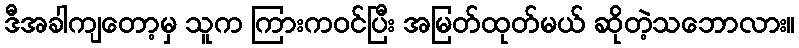
ဒီအခါကျတော့မှ သူက ကြားကဝင်ပြီး အမြတ်ထုတ်မယ် ဆိုတဲ့သဘောလား။